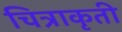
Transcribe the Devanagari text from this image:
चित्राकृती